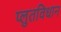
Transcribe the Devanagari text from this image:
प्लुतविधान